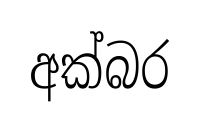
අක්බර